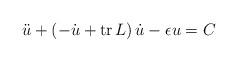
LaTeX: \begin{align*} \ddot{u} + ( - \dot{u} +{\rm tr}\, L )\,\dot{u} -\epsilon u = C\end{align*}